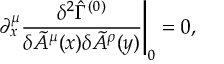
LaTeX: \partial _ { x } ^ { \mu } \frac { \delta ^ { 2 } \hat { \Gamma } ^ { ( 0 ) } } { \delta \tilde { A } ^ { \mu } ( x ) \delta \tilde { A } ^ { \rho } ( y ) } \Bigg | _ { 0 } = 0 ,